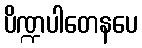
ပိဏ္ဍပါတေနပေ